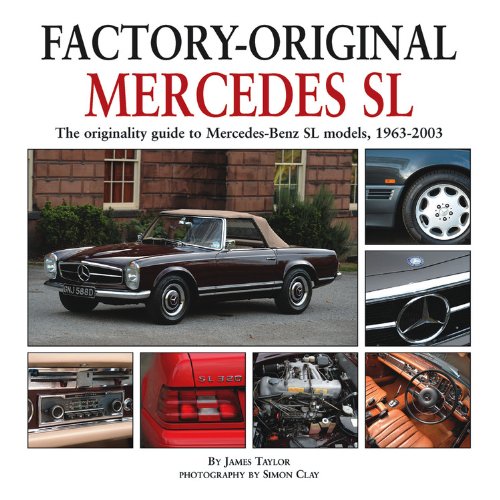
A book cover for Mercedes SL: The originality guide to Mercedes-Benz SL models, 1963-2003 (Factory-Original); James Taylor; Engineering & Transportation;